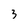
Character: 3